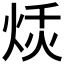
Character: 𱫎